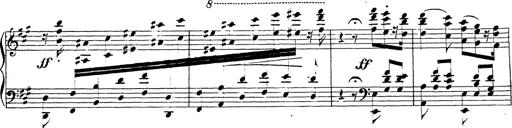
Title: Chanson bohÃ©mienne
Composer: Franz Liszt